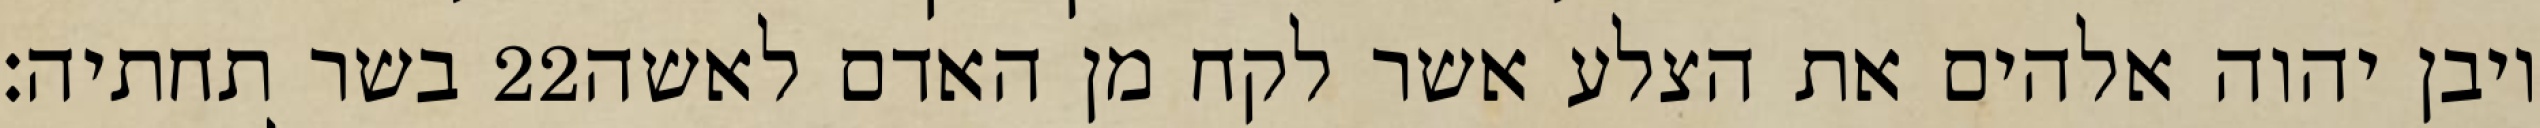
בשר תחתיה׃ ‎22‏ ויבן יהוה אלהים את הצלע אשר לקח מן האדם לאשה